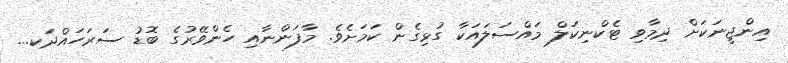
އިންޖީނަކަށް ދިމާވި ޓެކްނިކަލް މައްސަލައަކާ ގުޅިގެން ކަމަށެވެ. މާފަންނާއި ހެންވޭރުގެ ބޮޑު ސަރަހައްދަކ...